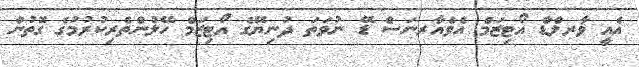
އެއީ ވާރލްޑް އޯޓިޒަމް އެވެއާރނަސް ޑޭ ނުވަތަ ދުނިޔޭގެ އޯޓިޒަމް ހޭލުންތެރިކުރުމުގެ ގޮތުން